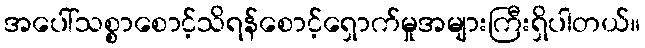
အပေါ်သစ္စာစောင့်သိရန်စောင့်ရှောက်မှုအများကြီးရှိပါတယ်။